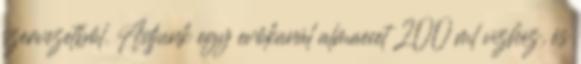
szervezetből. Adjunk egy evőkanál almaecet 200 ml vízhez, és